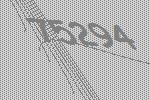
75294